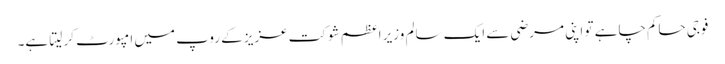
فوجی حاکم چاہے تو اپنی مرضی سے ایک سالم وزیر اعظم شوکت عزیز کے روپ میں امپورٹ کر لیتا ہے۔